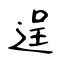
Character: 逞